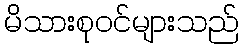
မိသားစုဝင်များသည်